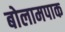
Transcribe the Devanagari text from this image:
बोलामपाक